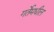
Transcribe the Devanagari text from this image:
गर्तेमधील